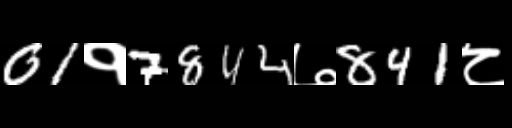
Text: 01१7844७841८